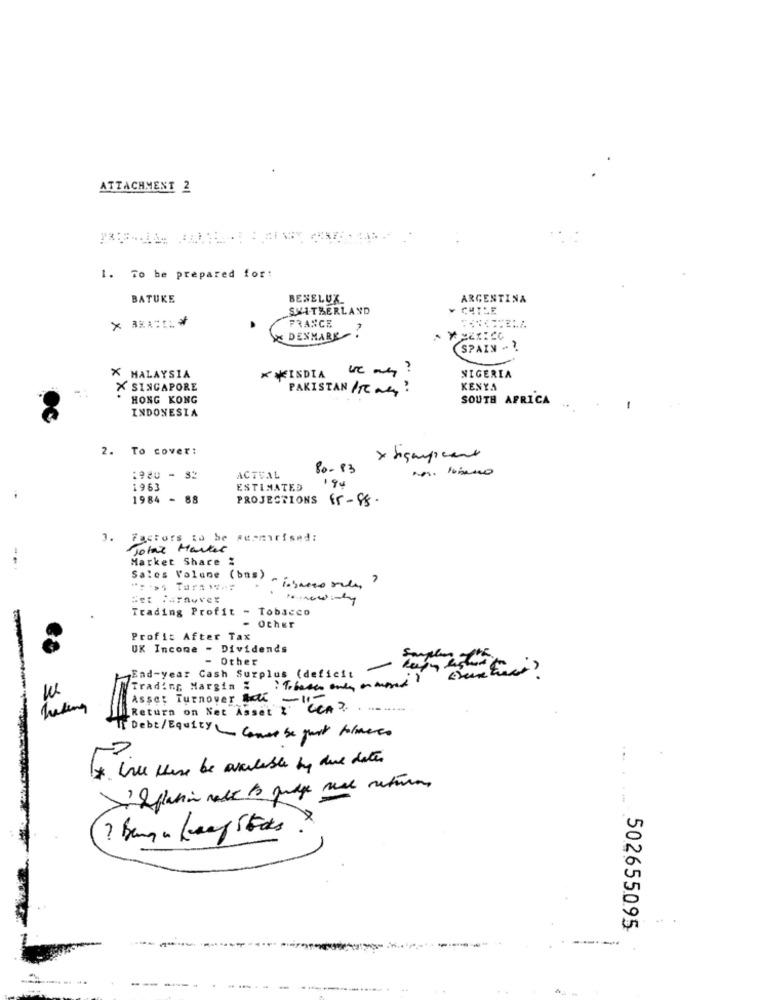
ATTACHMENT 2
1. To be prepared for:
BATUKE
BENELUX_
ARGENTINA
SWITZERLAND
¥ CHTLE
FRANCE
DENMARK
SPAIN -
NIGERIA
X MALAYSIA
KMEINDIA
-
X SINGAPORE
PAKISTAN /Tag ?
KENYA
HONG KONG
SOUTH AFRICA
INDONESIA
2. To cover:
80-83
:980 - 32
ACTUAL
194
1963
ESTIMATED
1984 - 88
PROJECTIONS 15-88.
3. Factors to be sermirised:
Johnz Harter
Market Share %
Sales Volume (bas)
Trading Profit - Tobacco
- Other
Profit After Tax
UK Income - Dividends
- Other
Sample
End-year Cash Surplus (deficit
Trading Margin : : Tibeter only on mered
w
Asset Turnover Bach -11-
Return on Net Asset : CCA ?......
Debt / Equity Comer be just formers
Ix. Vill these be available by due dates
...
502655095